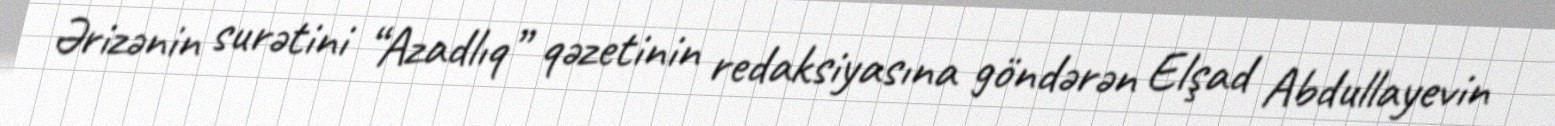
Ərizənin surətini “Azadlıq” qəzetinin redaksiyasına göndərən Elşad Abdullayevin